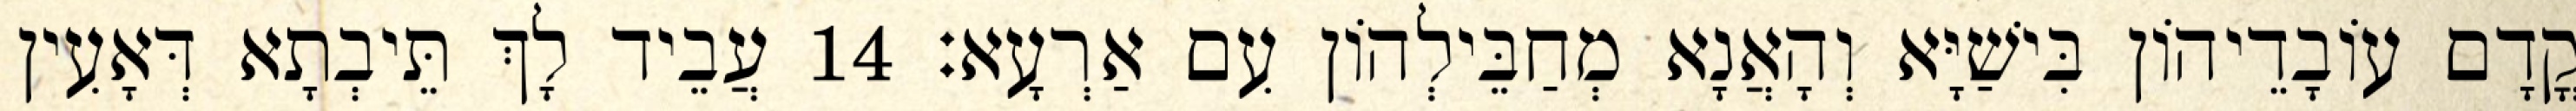
קֳדָם עוֹבָדֵיהוֹן בִּישַׁיָּא וְהָאֲנָא מְחַבֵּילְהוֹן עִם אַרְעָא׃ 14 עֲבֵיד לָךְ תֵּיבְתָא דְּאָעִין